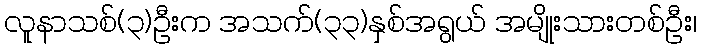
လူနာသစ်(၃)ဦးက အသက်(၃၃)နှစ်အရွယ် အမျိုးသားတစ်ဦး၊